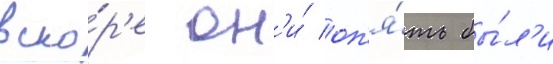
вско́р'е он'и́ оп'я́ть бы́л'и